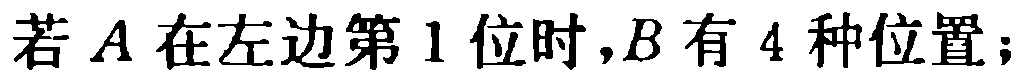
若\(A\)在左边第\(1\)位时,\(B\)有\(4\)种位置;